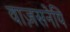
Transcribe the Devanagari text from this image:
वाज़सनेयि